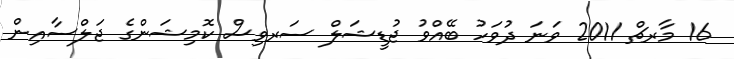
16 މާރޗް 2011 ވަނަ ދުވަހު ބޭއްވު ޖުޑީޝަލް ސަރވިސް ކޮމިޝަންގެ ޖަލްސާއިން